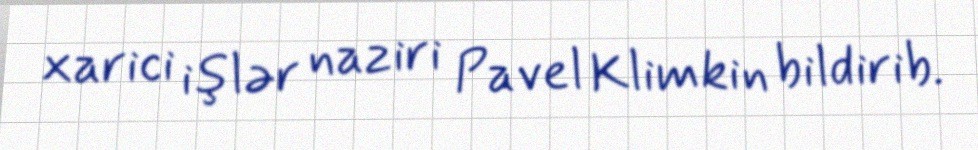
xarici işlər naziri Pavel Klimkin bildirib.